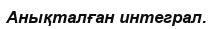
Анықталған интеграл.